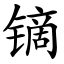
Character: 镝